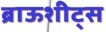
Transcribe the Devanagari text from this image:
ब्राऊशीट्स